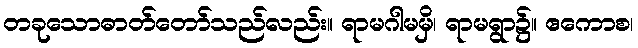
တခုသောဓာတ်တော်သည်လည်း။ ရာမဂါမမှိ၊ ရာမရွာ၌။ ဧကောစ၊